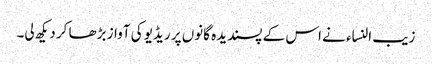
زیب النساء نے اس کے پسندیدہ گانوں پر ریڈیو کی آواز بڑھا کر دیکھ لی۔